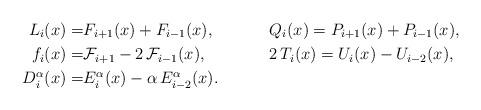
LaTeX: \begin{align*}L_{i}(x)=&F_{i+1}(x)+F_{i-1}(x),&&Q_{i}(x)=P_{i+1}(x)+P_{i-1}(x),\\f_{i}(x)=&\mathcal{F}_{i+1}-2\, \mathcal{F}_{i-1}(x),&& 2\, T_{i}(x)=U_{i}(x)-U_{i-2}(x),\\D^{\alpha}_{i}(x)=&E^{\alpha}_{i}(x)-\alpha\, E^{\alpha}_{i-2}(x). \end{align*}